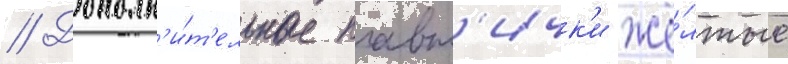
// Дополн'и́т'ельные плавн'ичк'и жё́лтые